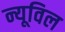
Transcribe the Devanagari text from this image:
न्यूविल